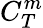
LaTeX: C_{T}^{m}